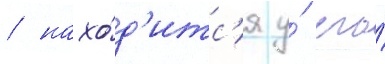
/ нахо́д'итс'я у́ его́